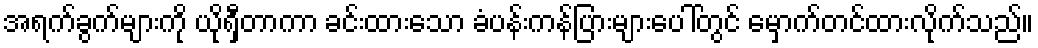
အရက်ခွက်များကို ယိုရှီတာကာ ခင်းထားသော ခံပန်းကန်ပြားများပေါ်တွင် မှောက်တင်ထားလိုက်သည်။